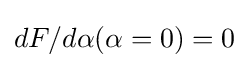
dF/d\alpha (\alpha =0)=0